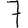
Digit: 7